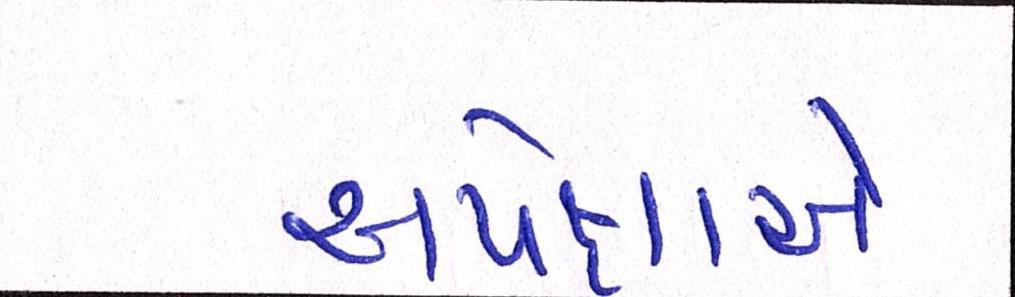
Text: અપેક્ષાએ